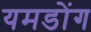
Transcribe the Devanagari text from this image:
यमडोंग